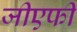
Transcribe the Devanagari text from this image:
जीएफी